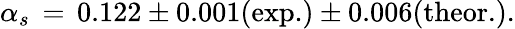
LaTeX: \alpha_{s}\, =\, 0.122\pm 0.001(\mathrm{exp.})\pm 0.006(\mathrm{theor.}).